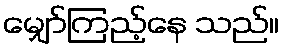
မျှော်ကြည့်နေ သည်။